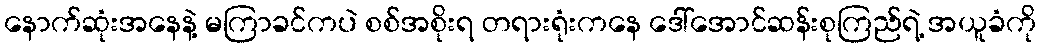
နောက်ဆုံးအနေနဲ့ မကြာခင်ကပဲ စစ်အစိုးရ တရားရုံးကနေ ဒေါ်အောင်ဆန်းစုကြည်ရဲ့ အယူခံကို